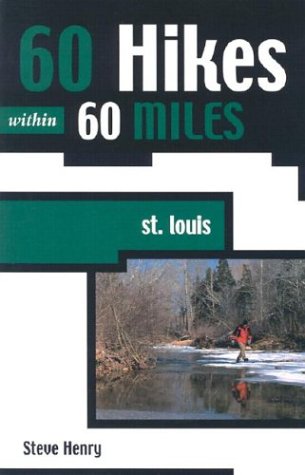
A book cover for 60 Hikes within 60 Miles: St. Louis (60 Hikes - Menasha Ridge); Steve Henry; Travel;